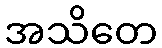
အသိတေ